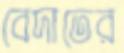
বেদাতের